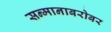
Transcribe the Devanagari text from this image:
सन्मानाबरोबर